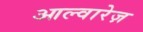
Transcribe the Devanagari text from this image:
आल्वारेज़